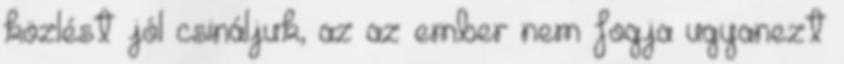
közlést jól csináljuk, az az ember nem fogja ugyanezt